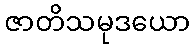
ဇာတိသမုဒယော